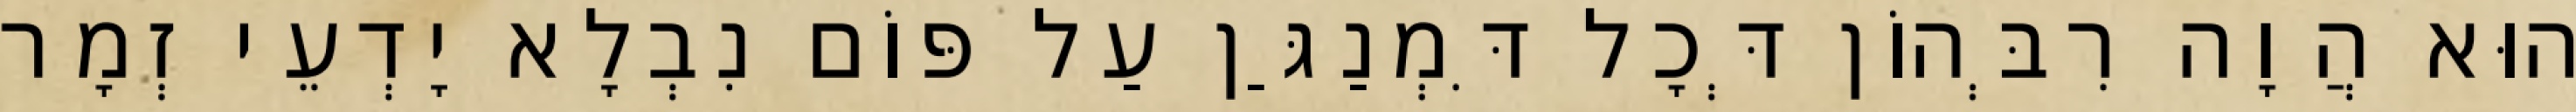
הוּא הֲוָה רִבְּהוֹן דְּכָל דִּמְנַגַּן עַל פּוֹם נִבְלָא יָדְעֵי זְמָר